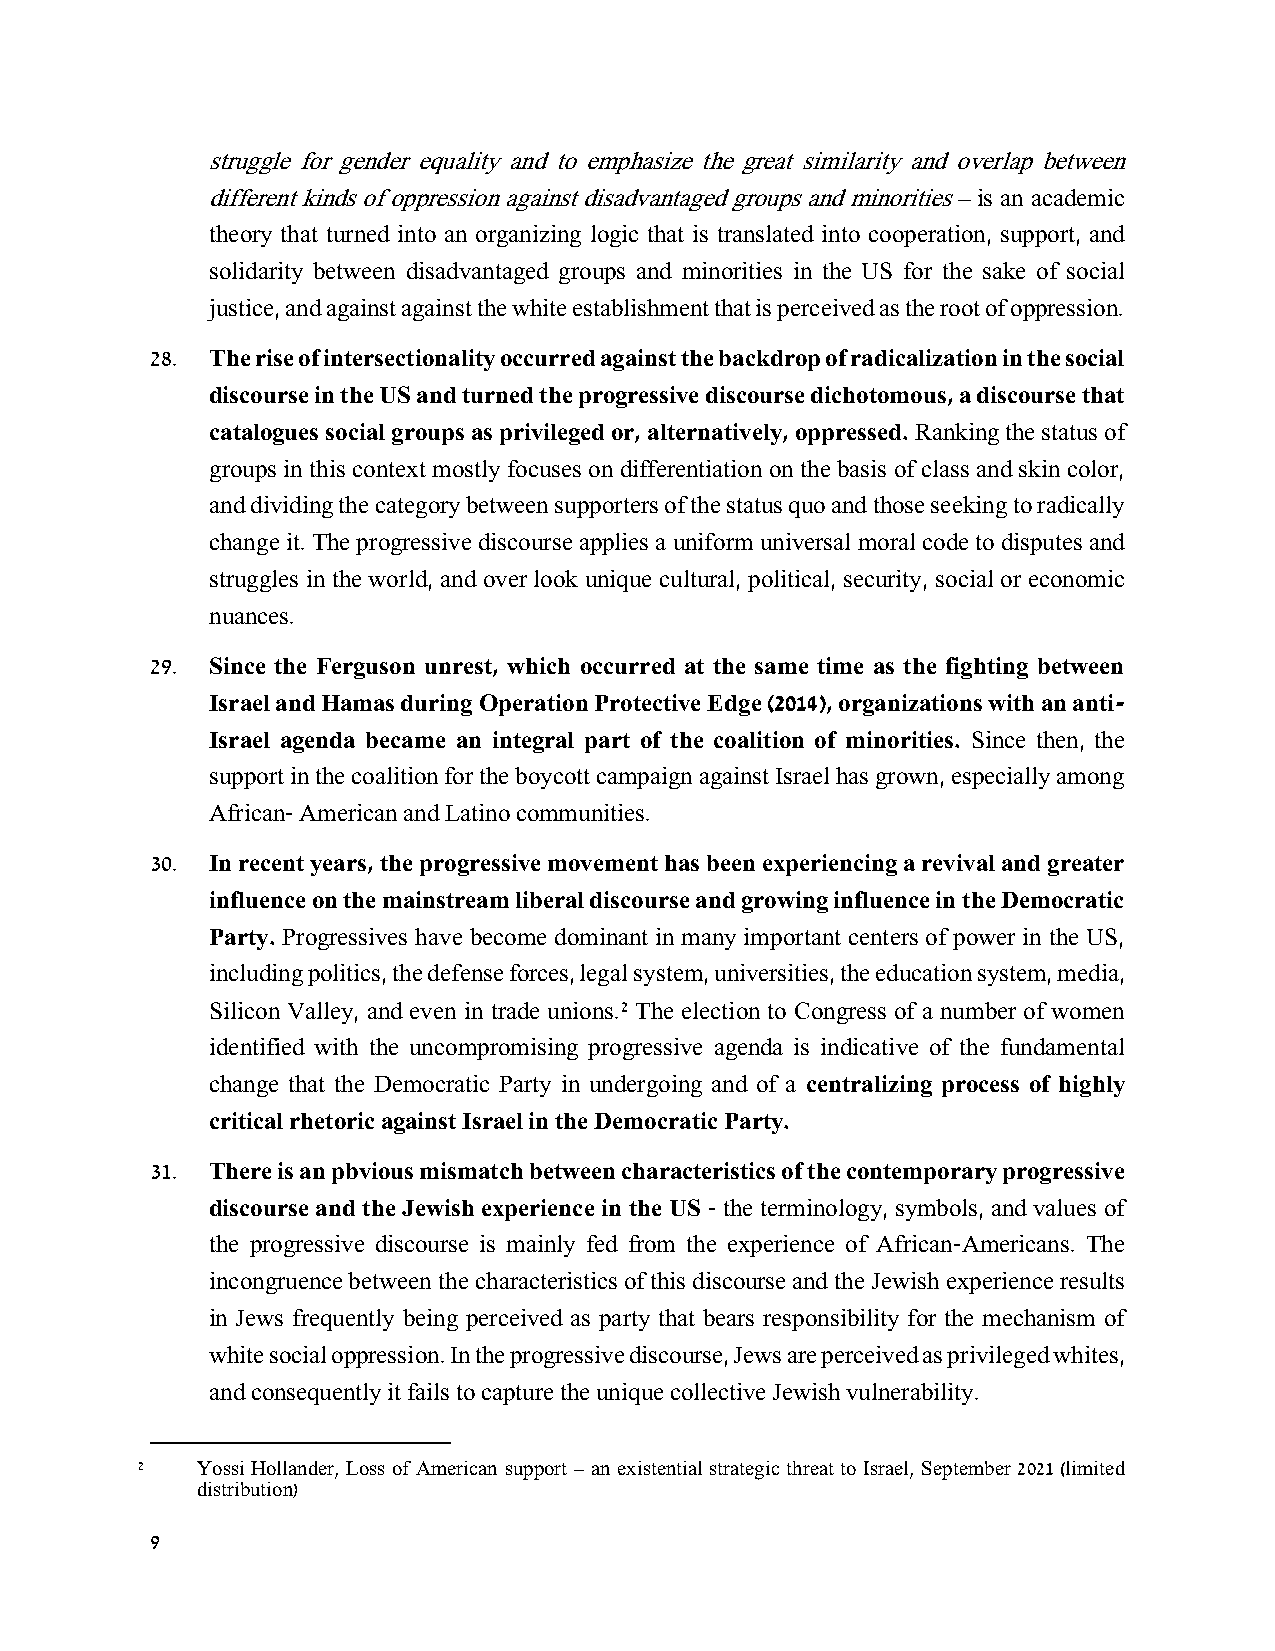
struggle for gender equality and to emphasize the great similarity and overlap between
 different kinds of oppression against disadvantaged groups and minorities – is an academic
 theory that turned into an organizing logic that is translated into cooperation, support, and
 solidarity between disadvantaged groups and minorities in the US for the sake of social
 justice, and against against the white establishment that is perceived as the root of oppression.
 28. The rise of intersectionality occurred against the backdrop of radicalization in the social
 discourse in the US and turned the progressive discourse dichotomous, a discourse that
 catalogues social groups as privileged or, alternatively, oppressed. Ranking the status of
 groups in this context mostly focuses on differentiation on the basis of class and skin color,
 and dividing the category between supporters of the status quo and those seeking to radically
 change it. The progressive discourse applies a uniform universal moral code to disputes and
 struggles in the world, and over look unique cultural, political, security, social or economic
 nuances.
 29. Since the Ferguson unrest, which occurred at the same time as the fighting between
 Israel and Hamas during Operation Protective Edge (2014), organizations with an anti-
 Israel agenda became an integral part of the coalition of minorities. Since then, the
 support in the coalition for the boycott campaign against Israel has grown, especially among
 African- American and Latino communities.
 30. In recent years, the progressive movement has been experiencing a revival and greater
 influence on the mainstream liberal discourse and growing influence in the Democratic
 Party. Progressives have become dominant in many important centers of power in the US,
 including politics, the defense forces, legal system, universities, the education system, media,
 Silicon Valley, and even in trade unions.2 The election to Congress of a number of women
 identified with the uncompromising progressive agenda is indicative of the fundamental
 change that the Democratic Party in undergoing and of a centralizing process of highly
 critical rhetoric against Israel in the Democratic Party.
 31. There is an pbvious mismatch between characteristics of the contemporary progressive
 discourse and the Jewish experience in the US - the terminology, symbols, and values of
 the progressive discourse is mainly fed from the experience of African-Americans. The
 incongruence between the characteristics of this discourse and the Jewish experience results
 in Jews frequently being perceived as party that bears responsibility for the mechanism of
 white social oppression. In the progressive discourse, Jews are perceived as privileged whites,
 and consequently it fails to capture the unique collective Jewish vulnerability.
 2   Yossi Hollander, Loss of American support – an existential strategic threat to Israel, September 2021 (limited
 distribution)
 9